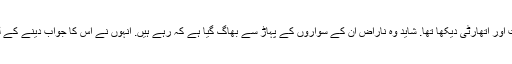
وہ کبھی اس طرح کی طاقت اور اتھارٹی دیکھا تھا. شاید وہ ناراض ان کے سواروں کے پہاڑ سے بھاگ گیا ہے کہ رہے ہیں. انہوں نے اس کا جواب دینے کے لئے کس طرح پتہ نہیں تھا!